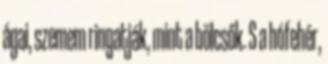
ágai, szemem ringatják, mint a bölcsők. S a hófehér,